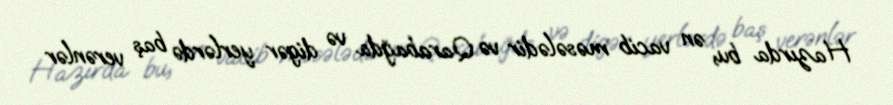
Hazırda bu, ən vacib məsələdir və Qarabağda və digər yerlərdə baş verənlər